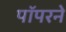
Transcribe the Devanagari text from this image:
पॉपरने